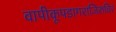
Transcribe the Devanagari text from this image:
वापीकूपडागराजिरुचिरं